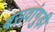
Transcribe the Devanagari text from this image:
बसवांगुड़ी